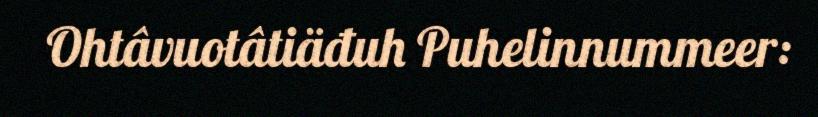
Ohtâvuotâtiäđuh Puhelinnummeer: